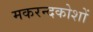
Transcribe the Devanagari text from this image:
मकरन्दकोशों